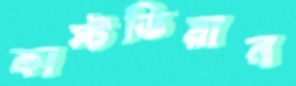
কাস্টডিয়ান